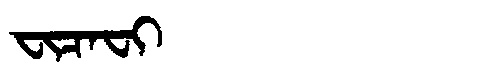
Manchu: ᠸᡳᠴᠠᠸᡳ
Romanization: FICAFI